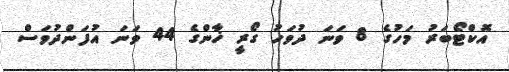
އޮކްޓޯބަރު މަހުގެ 8 ވަނަ ދުވަހު ގޯރީ ޚާންގެ 44 ވަނަ އުފަންދުވަސް